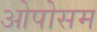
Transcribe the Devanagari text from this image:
ओपोसम